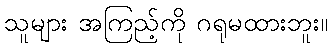
သူများ အကြည့်ကို ဂရုမထားဘူး။